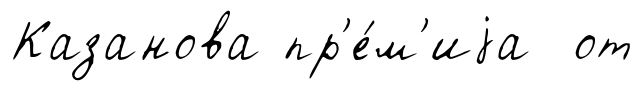
Казанова пр'е́м'иjа от